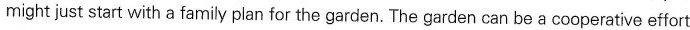
might just start with a family plan for the garden. The garden can be a cooperative effort